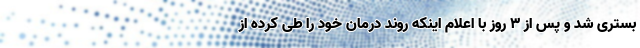
بستری شد و پس از 3 روز با اعلام اینکه روند درمان خود را طی کرده از